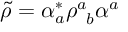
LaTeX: \tilde { \rho } = \alpha _ { a } ^ { * } \rho _ { \; \; b } ^ { a } \alpha ^ { a }